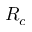
R _ { c }